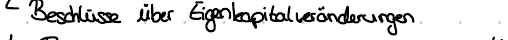
Beschlüsse über Eigenkapitalveränderungen